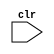
module test(clr);
  input clr;

  reg notif;

  specify
    specparam lim = 10, thresh = 0.5;
    // Legal Calls
    $width (negedge clr, lim);
    $width (negedge clr, lim, thresh, notif);
    $width (negedge clr, lim, 0, notif);
    // Illegal Calls
    `ifdef NEGATIVE_TEST
    $width (negedge clr, lim, , notif);
    $width (negedge clr, lim, notif);
    `endif
  endspecify
endmodule